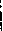
i